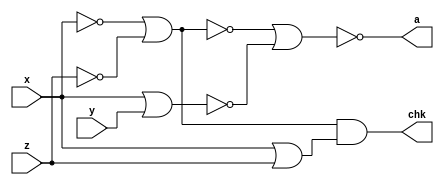
module Q2_3_i(x,y,z,a,chk);
	input x,y,z;
	output a, chk;
	nor(h,x,x);
	nor(i,z,z);
	nor(j,h,i);
	nor(k,x,y);
	nor(a,j,k);
	assign chk = ((~x|~z)&(x|z));
endmodule